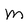
Character: M